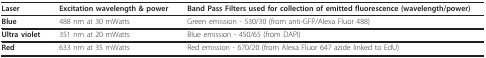
<table><thead><tr><td><b>Laser</b></td><td><b>Excitation wavelength &amp; power</b></td><td><b>Band Pass Filters used for collection of emitted fluorescence (wavelength/power)</b></td></tr></thead><tbody><tr><td><b>Blue</b></td><td>488 nm at 30 mWatts</td><td>Green emission - 530/30 (from anti-GFP/Alexa Fluor 488)</td></tr><tr><td><b>Ultra violet</b></td><td>351 nm at 20 mWatts</td><td>Blue emission - 450/65 (from DAPI)</td></tr><tr><td><b>Red</b></td><td>633 nm at 35 mWatts</td><td>Red emission - 670/20 (from Alexa Fluor 647 azide linked to EdU)</td></tr></tbody></table>